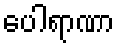
ပေါရာဏာ